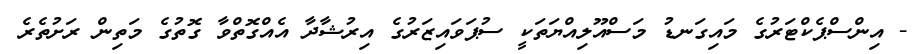
- އިންސްޕެކްޓަރުގެ މައިގަނޑު މަސްއޫލިއްޔަތަކީ ސުޕަވައިޒަރުގެ އިރުޝާދާ އެއްގޮތްވާ ގޮތުގެ މަތިން ރަށުތެރެ